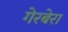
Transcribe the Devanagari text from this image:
गेरबेरा